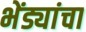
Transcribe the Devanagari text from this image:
भेंड्यांचा